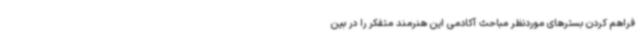
فراهم کردن بسترهای موردنظر مباحث آکادمی این هنرمند متفکر را در بین